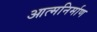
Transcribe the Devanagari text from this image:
आत्मनिर्माण